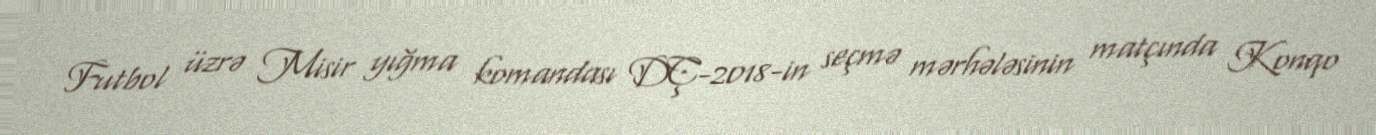
Futbol üzrə Misir yığma komandası DÇ-2018-in seçmə mərhələsinin matçında Konqo